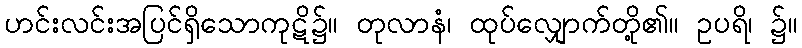
ဟင်းလင်းအပြင်ရှိသောကုဋိ၌။ တုလာနံ၊ ထုပ်လျှောက်တို့၏။ ဥပရိ၊ ၌။